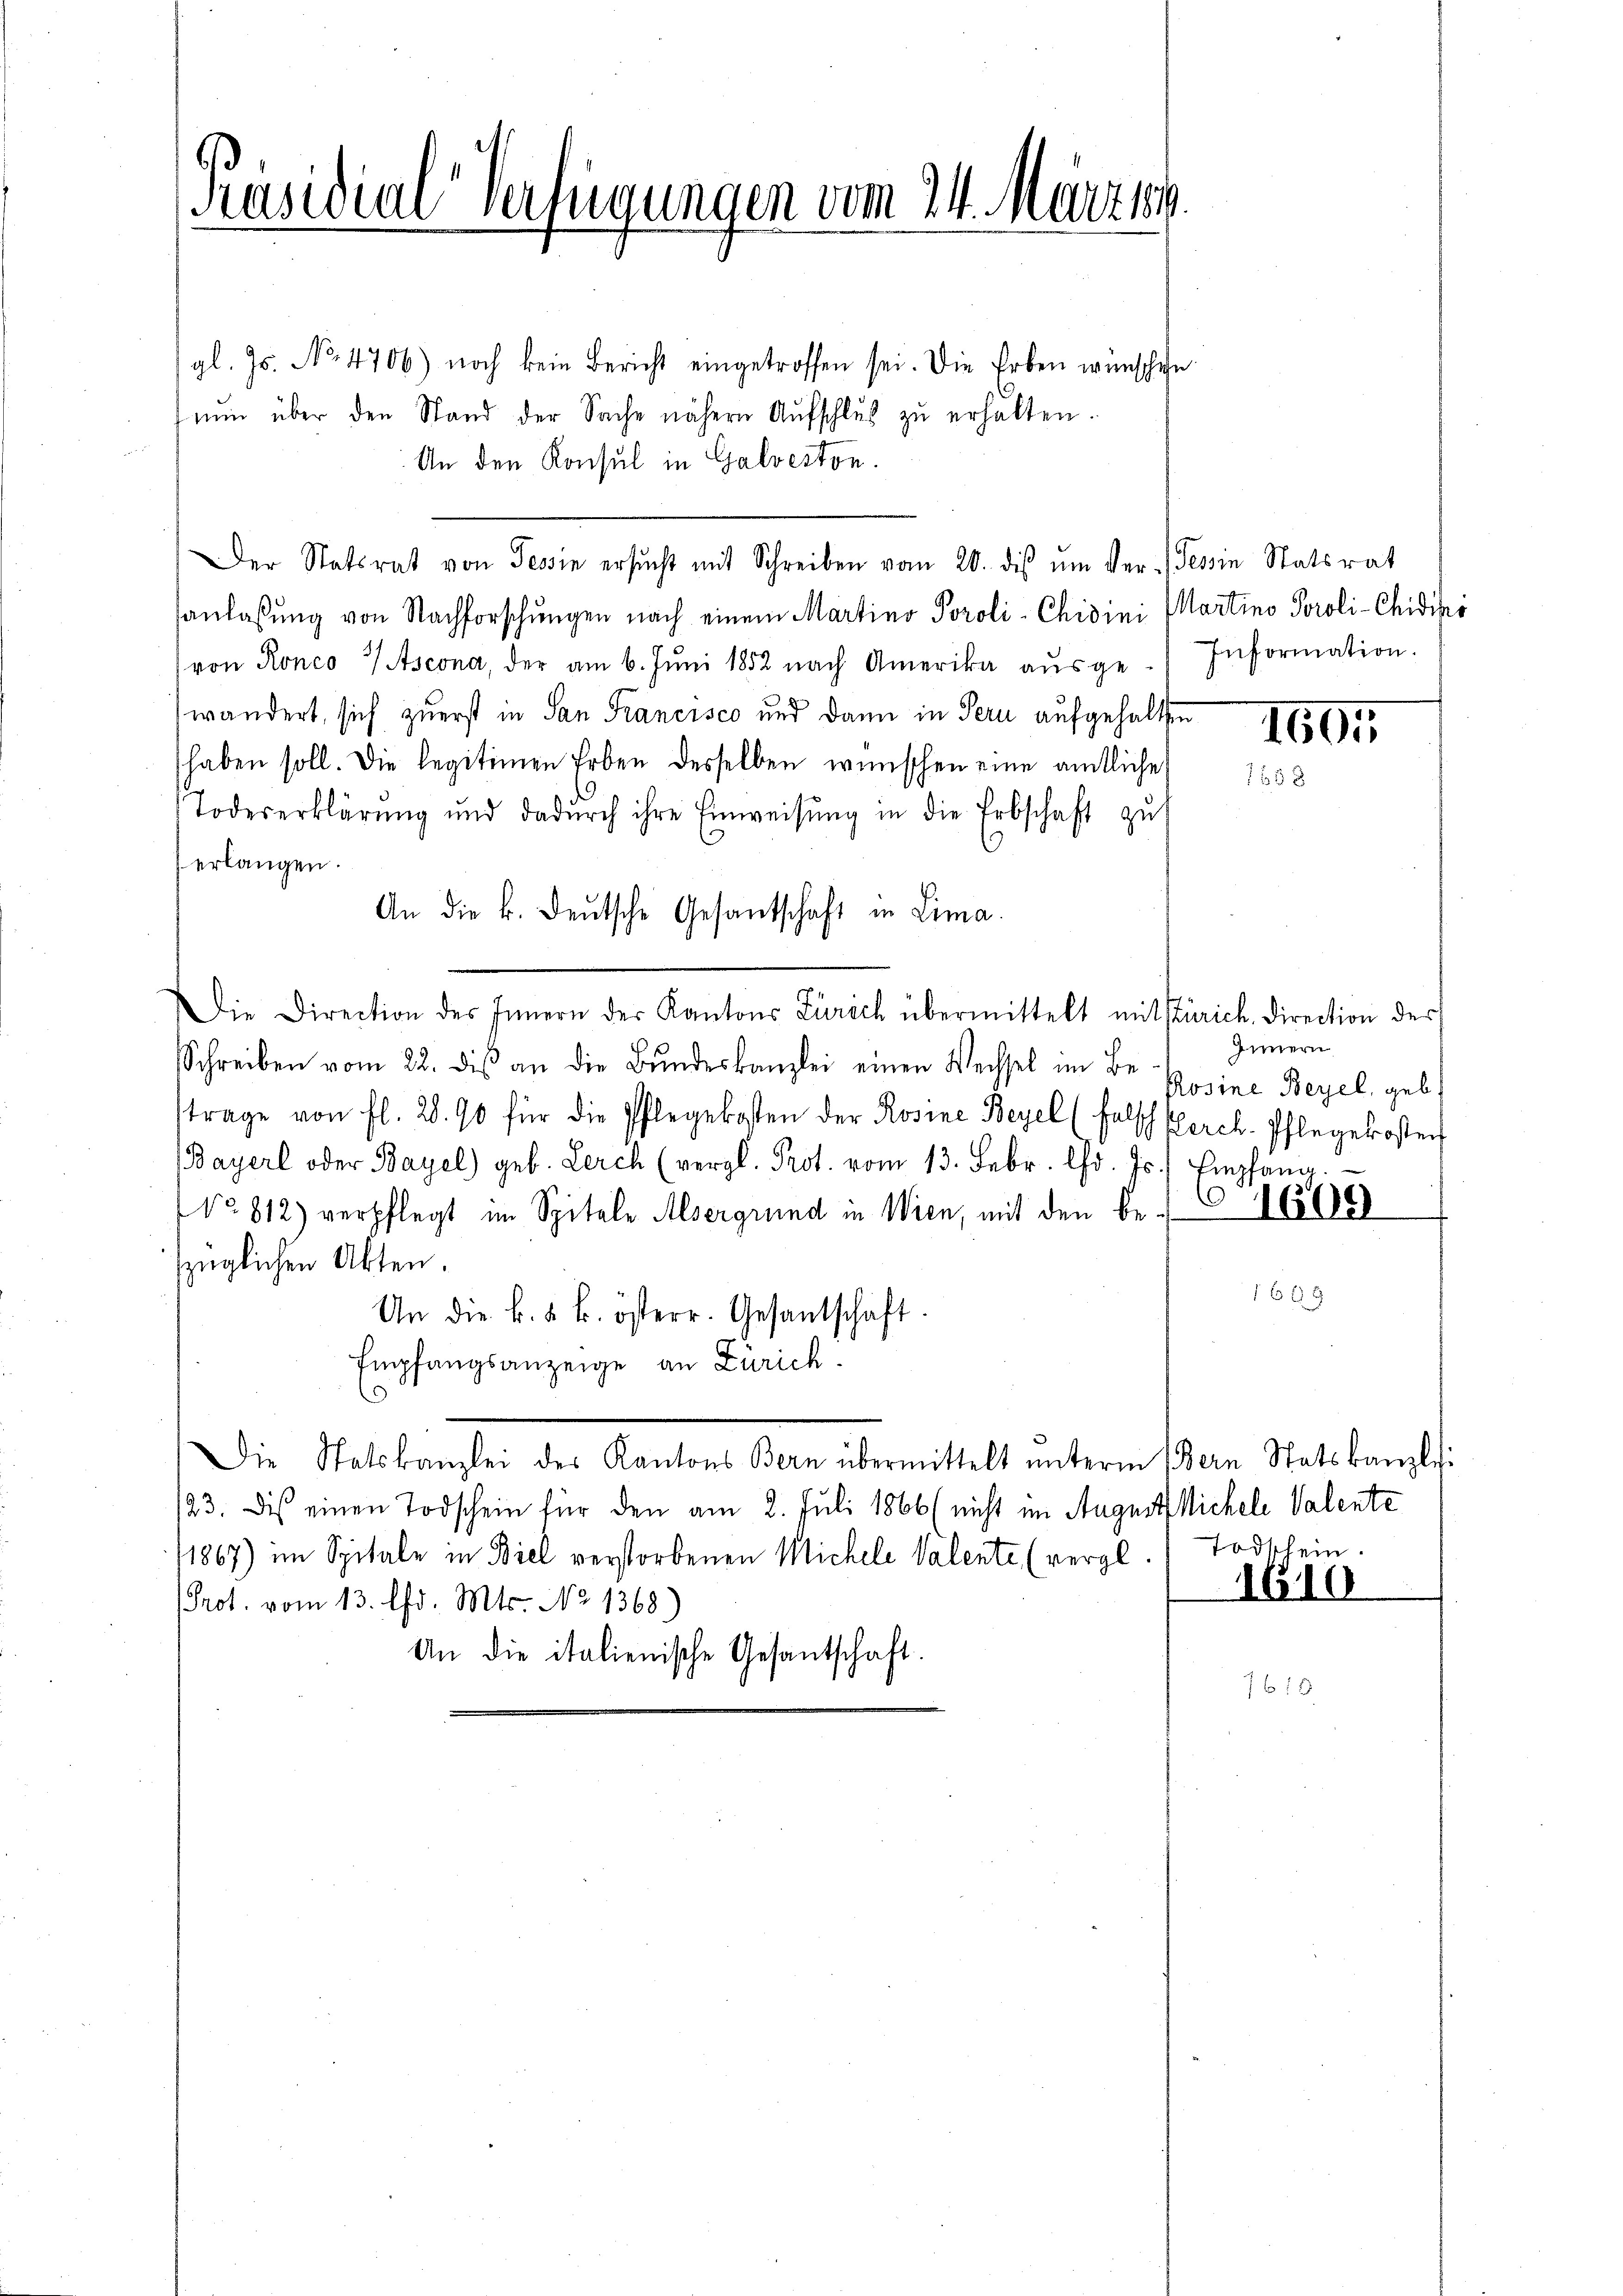
Präsidial-Verfügungen vom 24. Märztl.

gl. Js. No 4706) noch kein Bericht eingetroffen sei. Die Erben wünschen
nŭn über den Stand der Sache nähern Aŭfschlŭs zŭ erhalten.
An den Konsul in Galveston.
Der Statsrat von Tessin ersŭcht mit Schreiben vom 20. dis ŭm Ver-Tessin Statsrat
sanlassŭng von Nachforschungen nach einem Martino Poroli-Chidini Martino Poroli-Chidiss
von Ronco 2/Ascona, der am 6. Jŭni 1852 nach Amerika aŭsge-Information.
wändert, sich zuerst in San Francisco und dann in Pern aufgehalten
haben soll. Die legitimen Erben desselben wünschen eine amtliche
Todeserklärŭng und dadŭrch ihre Einweisŭng in die Erbschaft zŭ
erlangen.
An die k. deŭtsche Gesantschaft in Lima.
Die Direction des Innern der Kantons Zürich übermittelt mit stürich. Direction der
Innern
Schreiben vom 22. dis an die Bŭndeskanzlei einen Wechsel im Be
Rosine Bezel, geb.
strage von fl. 28. 90 für die Pflegekosten der Rosine Bezel (Falscherch. Pflegekosten
Bayerl oder Bayel) geb. Lerch (vergl. Prot. vom 13. Febr. lfd. Js. Empfang.
NNo. 812) verpflegt im Spitale Alsergrund in Wien, mit den Be- C 161888
züglichen Akten.
1699
Un die k. k. k. österr. Gesantschaft.
Empfangsanzeige an Zürich.
¬
Die Statskanzlei des Kantons Bern übermittelt ŭnterm Bern Statskanzlei
/23. Die einen Todschein für den am 2. Juli 1866 (nicht im August Michele Valente
11867) im Spitale in Biel verstorbenen Michele Valente (vergl. Todschein
1610
Prot. vom 13. Chr. Mts. No 1368.)
An die italienische Gesandtschaft.
7 f 28

1605
1338